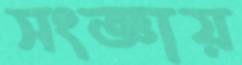
সংজ্ঞায়